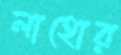
লাহোর